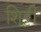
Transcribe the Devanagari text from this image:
शि्ट्टी